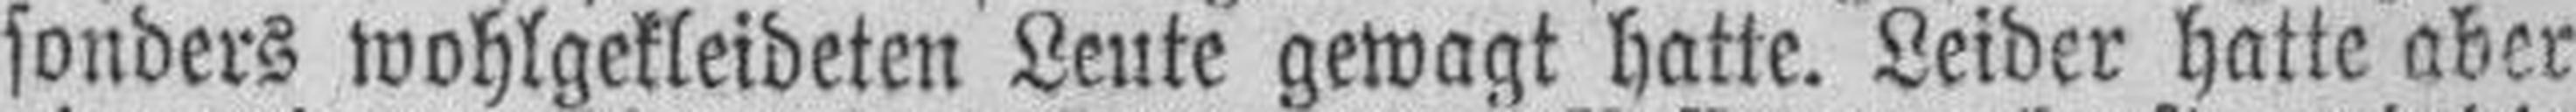
sonders wohlgekleideten Leute gewagt hatte. Leider hatte aber